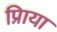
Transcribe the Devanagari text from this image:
प्रिाया